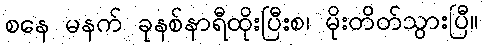
စနေ မနက် ခုနစ်နာရီထိုးပြီးစ၊ မိုးတိတ်သွားပြီ။